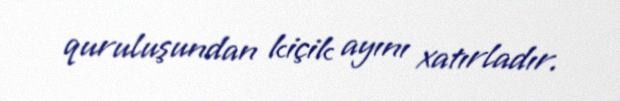
quruluşundan kiçik ayını xatırladır.